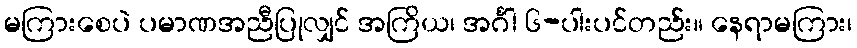
မကြားစေပဲ ပမာဏအညီပြုလျှင် အကြိယ၊ အင်္ဂါ ၆-ပါးပင်တည်း။ နေရာမကြား၊